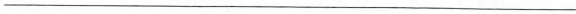
___